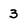
Character: 3